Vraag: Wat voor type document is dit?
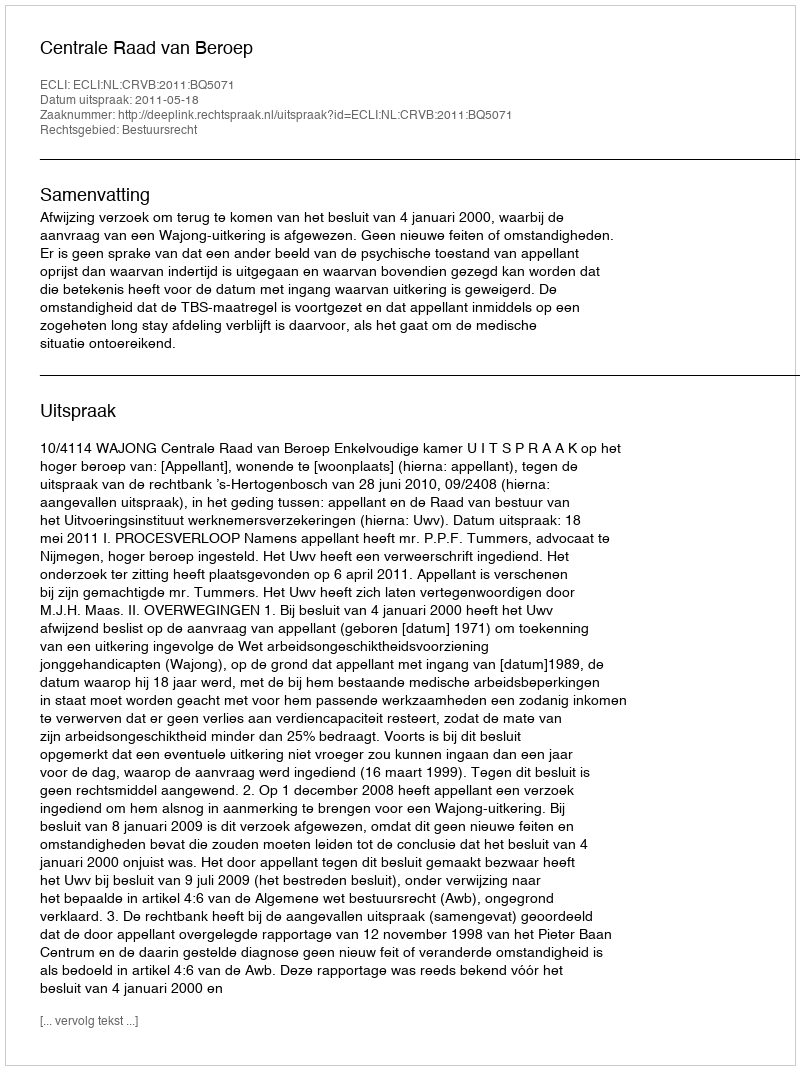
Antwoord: Uitspraak